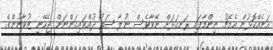
އަނެއްކޮޅުން އެމެޗު ނިންމާފައި ރަނގަޅަށް ނޭވާވެސް ނުލާ ސަތޯ ދުއްވައިގަންނަން ޖެހޭނީ ޒުވާނުންގެ